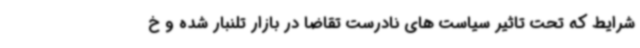
شرایط که تحت تاثیر سیاست های نادرست تقاضا در بازار تلنبار شده و خ